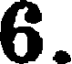
6.